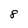
Character: 8